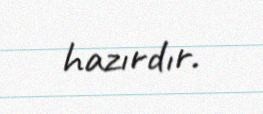
hazırdır.